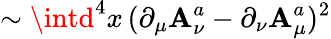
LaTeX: \sim\intd^{4}x\, (\partial_{\mu}\mathbf{A}_{\nu}^{a}-\partial_{\nu}\mathbf{A}_{\mu}^{a})^{2}